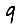
Digit: 9